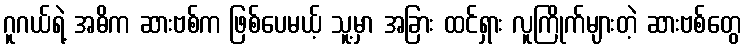
ဂူဂယ်ရဲ့ အဓိက ဆားဗစ်က ဖြစ်ပေမယ့် သူ့မှာ အခြား ထင်ရှား လူကြိုက်များတဲ့ ဆားဗစ်တွေ